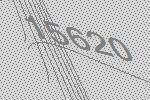
15620